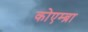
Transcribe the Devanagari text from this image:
कोएम्ब्रा